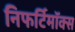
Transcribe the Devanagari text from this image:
निफर्टिमॉक्स